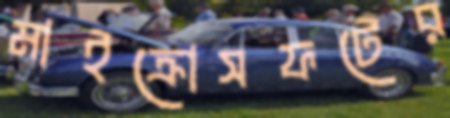
মাইক্রোসফটের